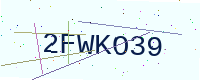
Text: 2FWKO39